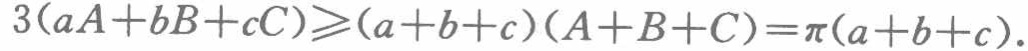
\(3(aA + bB + cC)\geqslant(a + b + c)(A + B + C)=\pi(a + b + c).\)